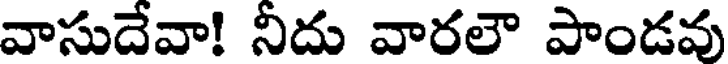
వాసుదేవా! నీదు వారలౌ పాండవు